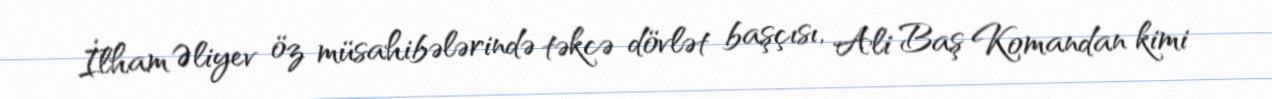
İlham Əliyev öz müsahibələrində təkcə dövlət başçısı, Ali Baş Komandan kimi